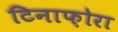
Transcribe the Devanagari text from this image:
टिनाफ़ोरा